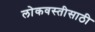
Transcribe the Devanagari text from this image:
लोकवस्तीसाठी